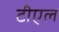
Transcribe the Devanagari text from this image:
टीएल